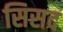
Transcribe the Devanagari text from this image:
सिसद